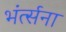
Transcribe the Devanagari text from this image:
भंर्त्सना